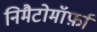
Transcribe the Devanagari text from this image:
निमैटोमॉर्फ़ा